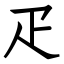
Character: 疋